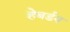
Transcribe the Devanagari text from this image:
हेबर्डन